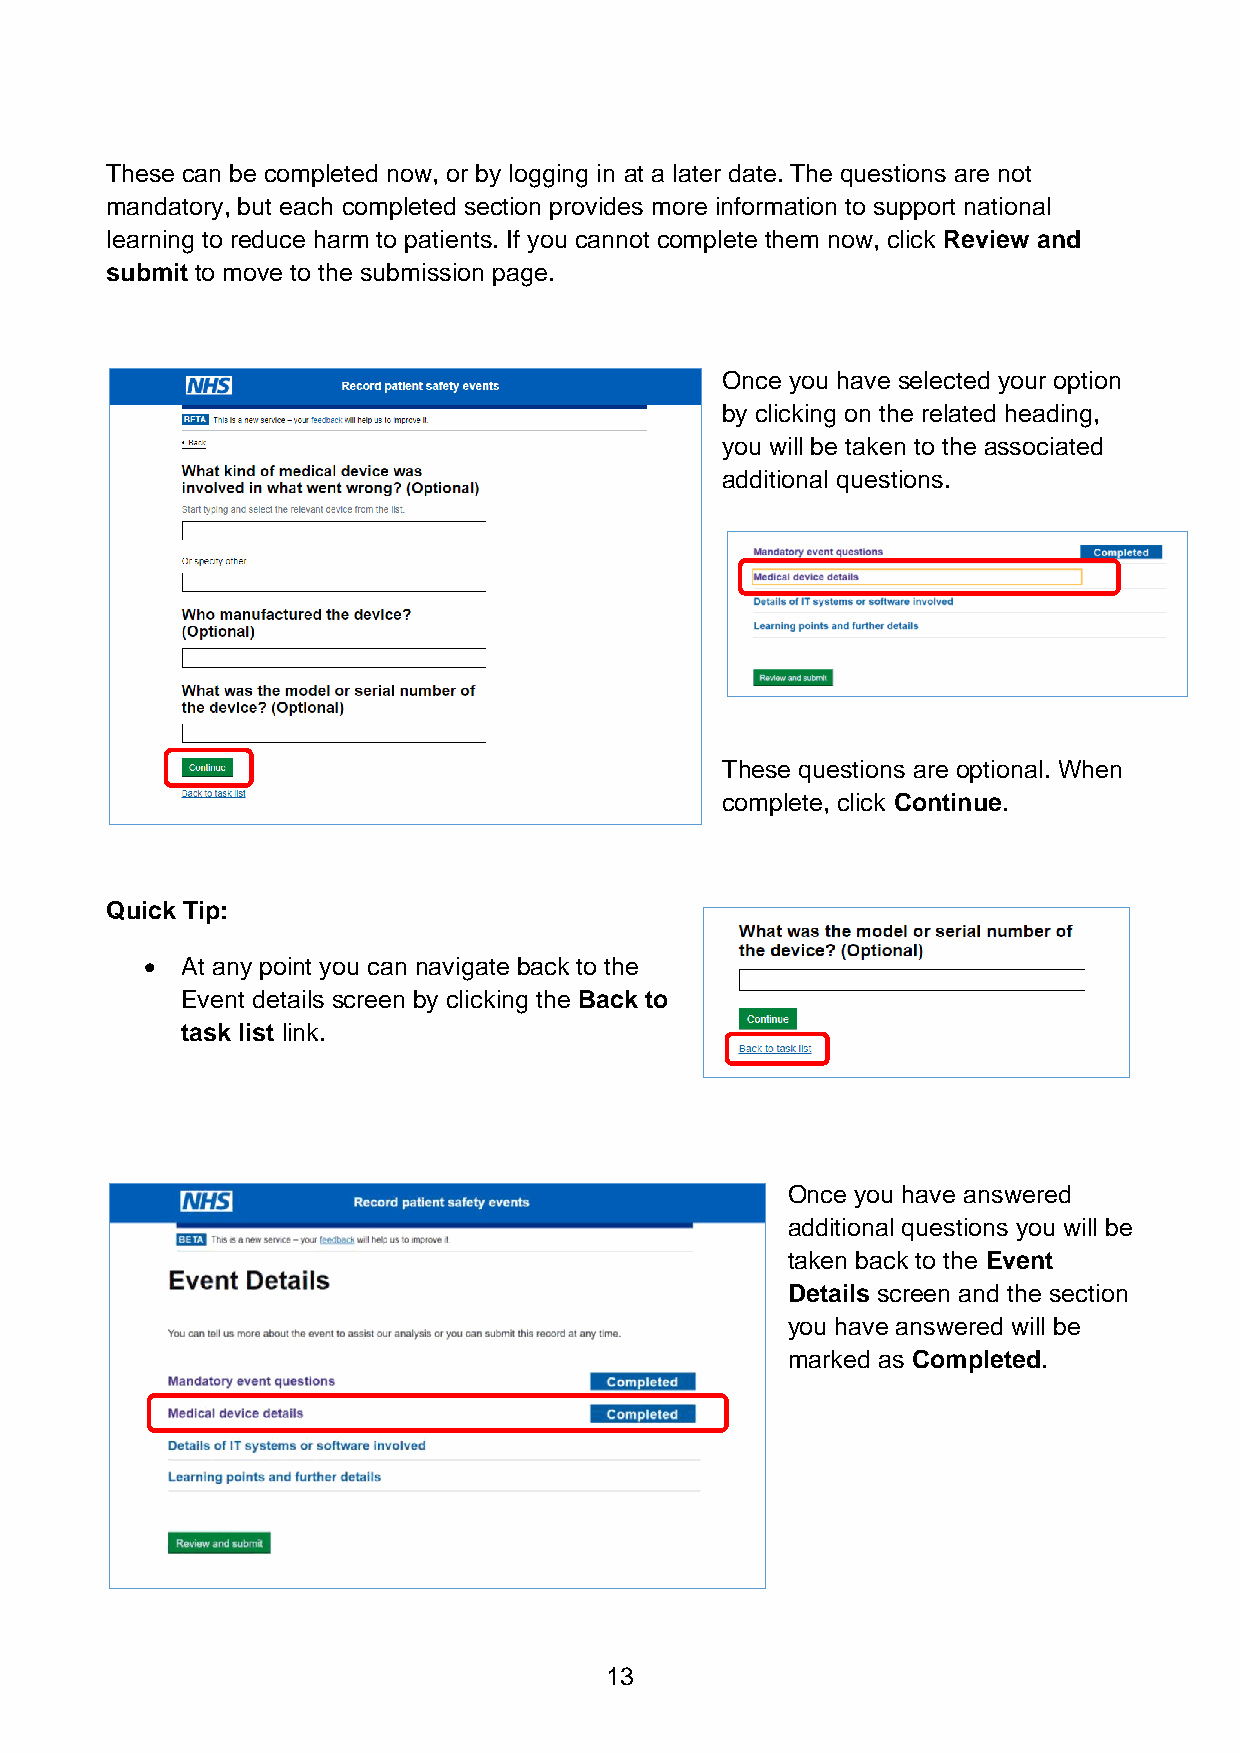
These can be completed now, or by logging in at a later date. The questions are not
 mandatory, but each completed section provides more information to support national
 learning to reduce harm to patients. If you cannot complete them now, click Review and
 submit to move to the submission page.
 Once you have selected your option
 by clicking on the related heading,
 you will be taken to the associated
 additional questions.
 These questions are optional. When
 complete, click Continue.
 Quick Tip:
 • At any point you can navigate back to the
 Event details screen by clicking the Back to
 task list link.
 Once you have answered
 additional questions you will be
 taken back to the Event
 Details screen and the section
 you have answered will be
 marked as Completed.
 13